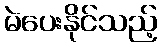
မဲပေးနိုင်သည့်